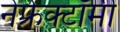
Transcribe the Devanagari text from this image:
नेफ्रेक्टॉमी